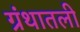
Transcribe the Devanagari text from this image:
ग्रंथातली